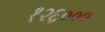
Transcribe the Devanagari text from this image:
१२६०००